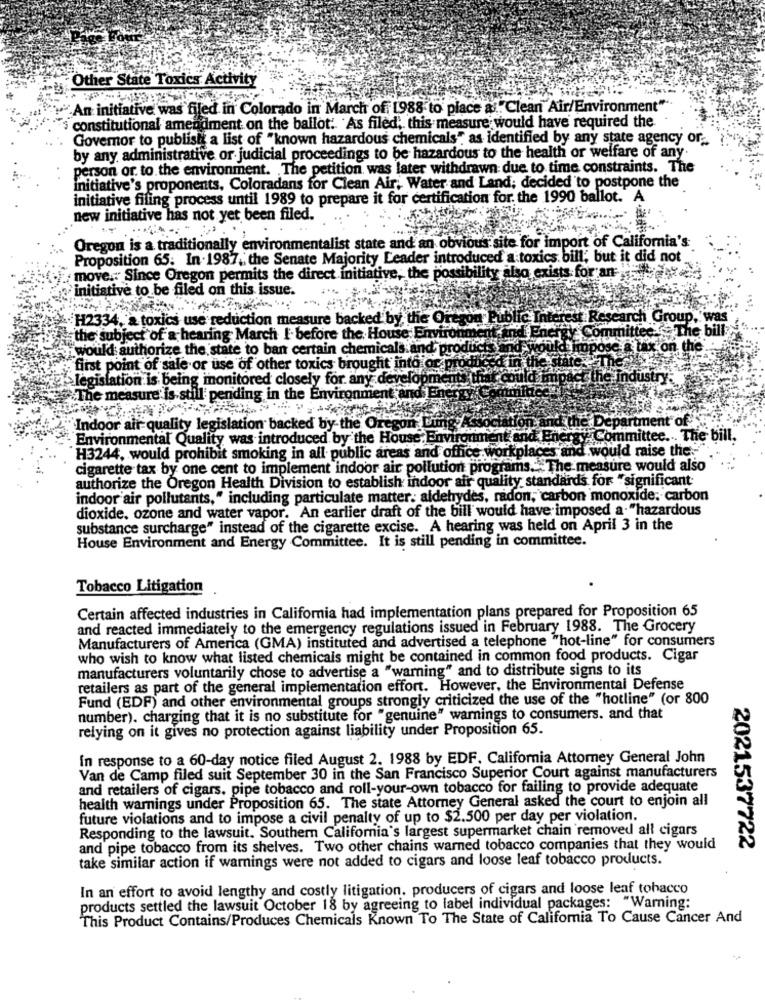
Other State Toxics Activity
An initiative was filed in Colorado in March of: 1988 to place a Clean Air/Environment"
constitutional amendment on the ballot: "As filed, this measure would have required the
Governor to publish a list of "known hazardous chemicals", as identified by any state agency or-
by any administrative or judicial proceedings to be hazardous to the health or welfare of any.
person or to the environment. The petition was later withdrawn due to time constraints. The
initiative's proponents, Coloradans for Clean Air, Water and Land; decided to postpone the
initiative filing process until 1989 to prepare it for certification for the 1990 ballot. A
new initiative has not yet been filed.
Oregon is a traditionally environmentalist state and an obvious site for import of California's
Proposition 65: In . 1987, the Senate Majority Leader introduced a toxics bill; but it did not
move .: Since Oregon permits the direct initiative, the possibility also exists for an
initiative to be filed on this issue.
H2334, a toxics use reduction measure backed by the Oregon
Re
rch Group, was
ecke The bill
the subject of a hearing March I. before the House Environ
d Enei
would authorize the state to ban certain chemicals and produc
tax on the
first point of sale or use of other toxics brought into or p
legislation is being monitored closely for any developmen
The measure is still pending in the Environment and Er
the Department of
Indoor air quality legislation backed by the Oregon Ging As
"- Environmental Quality was introduced by the House: Environment and Energy Committee ... The bill.
H3244, would prohibit smoking in all public areas and office workplaces and would raise the.
cigarette tax by one cent to implement indoor air pollution programs.+ The measure would also
authorize the Oregon Health Division to establish indoor air quality standards for "significant
indoor air pollutants," including particulate matter: aldehydes, radon, carbon monoxide. carbon
dioxide, ozone and water vapor. An earlier draft of the bill would have imposed a. "hazardous
substance surcharge" instead of the cigarette excise. A hearing was held on April 3 in the
House Environment and Energy Committee. It is still pending in committee.
Tobacco Litigation
Certain affected industries in California had implementation plans prepared for Proposition 65
and reacted immediately to the emergency regulations issued in February 1988. The Grocery
Manufacturers of America (GMA) instituted and advertised a telephone "hot-line" for consumers
who wish to know what listed chemicals might be contained in common food products. Cigar
manufacturers voluntarily chose to advertise a "warning" and to distribute signs to its
retailers as part of the general implementation effort. However, the Environmental Defense
Fund (EDF) and other environmental groups strongly criticized the use of the "hotline" (or 800
number). charging that it is no substitute for "genuine" warnings to consumers. and that
relying on it gives no protection against liability under Proposition 65.
In response to a 60-day notice filed August 2. 1988 by EDF. California Attorney General John
Van de Camp filed suit September 30 in the San Francisco Superior Court against manufacturers
and retailers of cigars, pipe tobacco and roll-your-own tobacco for failing to provide adequate
health warnings under Proposition 65. The state Attorney General asked the court to enjoin all
future violations and to impose a civil penalty of up to $2.500 per day per violation.
Responding to the lawsuit. Southern California's largest supermarket chain removed all cigars
and pipe tobacco from its shelves. Two other chains warned tobacco companies that they would
2021537722
take similar action if warnings were not added to cigars and loose leaf tobacco products.
In an effort to avoid lengthy and costly litigation. producers of cigars and loose leaf tobacco
products settled the lawsuit October 18 by agreeing to label individual packages: "Warning:
This Product Contains/Produces Chemicals Known To The State of California To Cause Cancer And